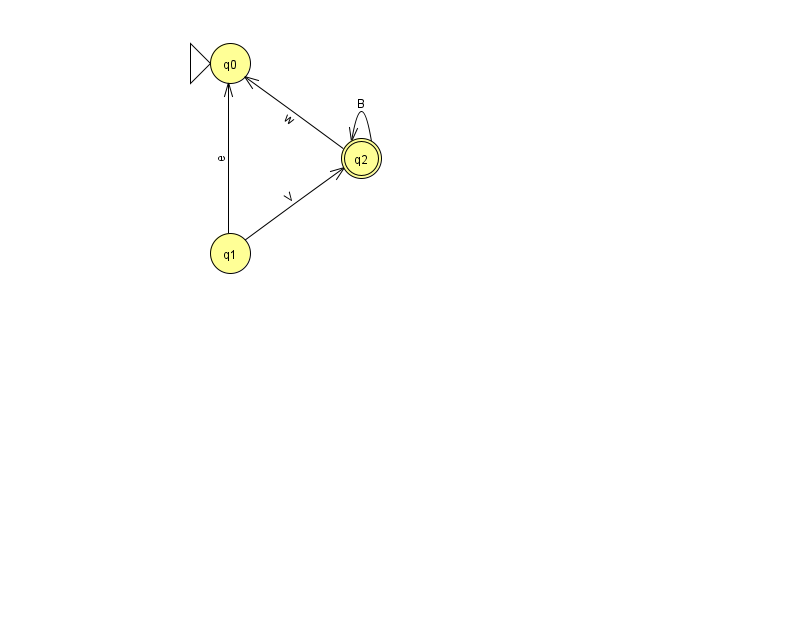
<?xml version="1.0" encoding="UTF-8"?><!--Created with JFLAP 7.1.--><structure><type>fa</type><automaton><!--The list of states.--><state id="0" name="q0"><x>230.0</x><y>50.0</y><initial/></state><state id="1" name="q1"><x>230.0</x><y>240.0</y></state><state id="2" name="q2"><x>361.0</x><y>145.0</y><final/></state><!--The list of transitions.--><transition><from>2</from><to>2</to><read>B</read></transition><transition><from>2</from><to>0</to><read>w</read></transition><transition><from>1</from><to>2</to><read>V</read></transition><transition><from>1</from><to>0</to><read>e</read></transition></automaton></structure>